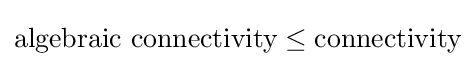
{\text{algebraic connectivity}}\leq {\text{connectivity}}